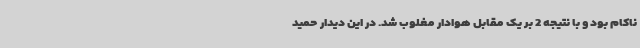
ناکام بود و با نتیجه 2 بر یک مقابل هوادار مغلوب شد. در این دیدار حمید